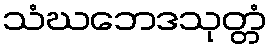
သံဃဘေဒသုတ္တံ